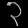
Digit: ၃